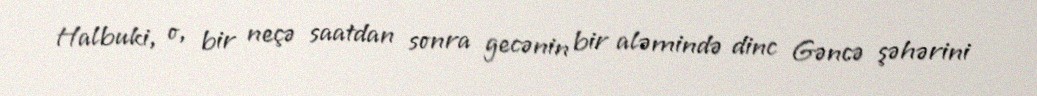
Halbuki, o, bir neçə saatdan sonra gecənin bir aləmində dinc Gəncə şəhərini